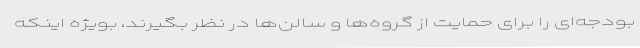
بودجه‌ای را برای حمایت از گروه‌ها و سالن‌ها در نظر بگیرند، بویژه اینکه